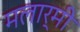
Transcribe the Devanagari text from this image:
मलार्मी